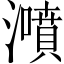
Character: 𤂫